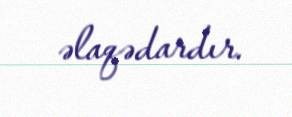
əlaqədardır.